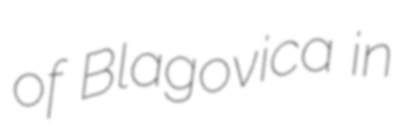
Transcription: of Blagovica in